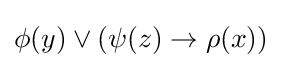
\phi (y)\lor (\psi (z)\rightarrow \rho (x))